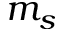
m _ { s }